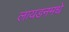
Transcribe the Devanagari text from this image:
लायडनमधे